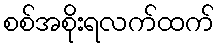
စစ်အစိုးရလက်ထက်